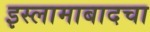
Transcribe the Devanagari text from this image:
इस्लामाबादचा